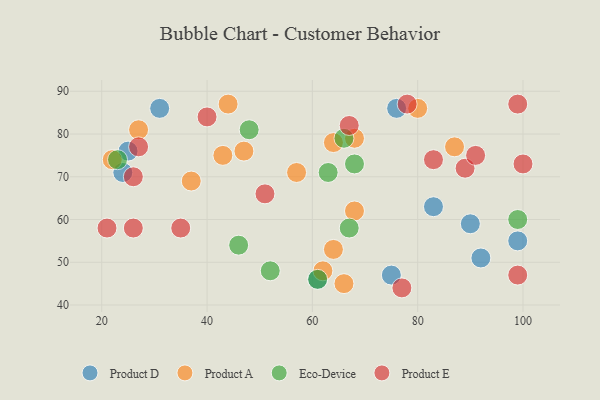
{"axis": {"x": "GDP", "y": "Life Expectancy"}, "legend": ["Eco-Device", "Product A", "Product D", "Product E"], "data": [{"x": "25", "y": 76, "type": "Product D"}, {"x": "24", "y": 71, "type": "Product D"}, {"x": "61", "y": 46, "type": "Product D"}, {"x": "99", "y": 55, "type": "Product D"}, {"x": "83", "y": 63, "type": "Product D"}, {"x": "92", "y": 51, "type": "Product D"}, {"x": "90", "y": 59, "type": "Product D"}, {"x": "76", "y": 86, "type": "Product D"}, {"x": "31", "y": 86, "type": "Product D"}, {"x": "75", "y": 47, "type": "Product D"}, {"x": "57", "y": 71, "type": "Product A"}, {"x": "47", "y": 76, "type": "Product A"}, {"x": "43", "y": 75, "type": "Product A"}, {"x": "44", "y": 87, "type": "Product A"}, {"x": "68", "y": 62, "type": "Product A"}, {"x": "87", "y": 77, "type": "Product A"}, {"x": "22", "y": 74, "type": "Product A"}, {"x": "68", "y": 79, "type": "Product A"}, {"x": "66", "y": 45, "type": "Product A"}, {"x": "64", "y": 53, "type": "Product A"}, {"x": "80", "y": 86, "type": "Product A"}, {"x": "64", "y": 78, "type": "Product A"}, {"x": "62", "y": 48, "type": "Product A"}, {"x": "37", "y": 69, "type": "Product A"}, {"x": "27", "y": 81, "type": "Product A"}, {"x": "63", "y": 71, "type": "Eco-Device"}, {"x": "68", "y": 73, "type": "Eco-Device"}, {"x": "48", "y": 81, "type": "Eco-Device"}, {"x": "66", "y": 79, "type": "Eco-Device"}, {"x": "52", "y": 48, "type": "Eco-Device"}, {"x": "23", "y": 74, "type": "Eco-Device"}, {"x": "46", "y": 54, "type": "Eco-Device"}, {"x": "61", "y": 46, "type": "Eco-Device"}, {"x": "99", "y": 60, "type": "Eco-Device"}, {"x": "67", "y": 58, "type": "Eco-Device"}, {"x": "99", "y": 87, "type": "Product E"}, {"x": "40", "y": 84, "type": "Product E"}, {"x": "89", "y": 72, "type": "Product E"}, {"x": "99", "y": 47, "type": "Product E"}, {"x": "27", "y": 77, "type": "Product E"}, {"x": "51", "y": 66, "type": "Product E"}, {"x": "77", "y": 44, "type": "Product E"}, {"x": "35", "y": 58, "type": "Product E"}, {"x": "21", "y": 58, "type": "Product E"}, {"x": "78", "y": 87, "type": "Product E"}, {"x": "91", "y": 75, "type": "Product E"}, {"x": "67", "y": 82, "type": "Product E"}, {"x": "100", "y": 73, "type": "Product E"}, {"x": "83", "y": 74, "type": "Product E"}, {"x": "26", "y": 70, "type": "Product E"}, {"x": "26", "y": 58, "type": "Product E"}]}